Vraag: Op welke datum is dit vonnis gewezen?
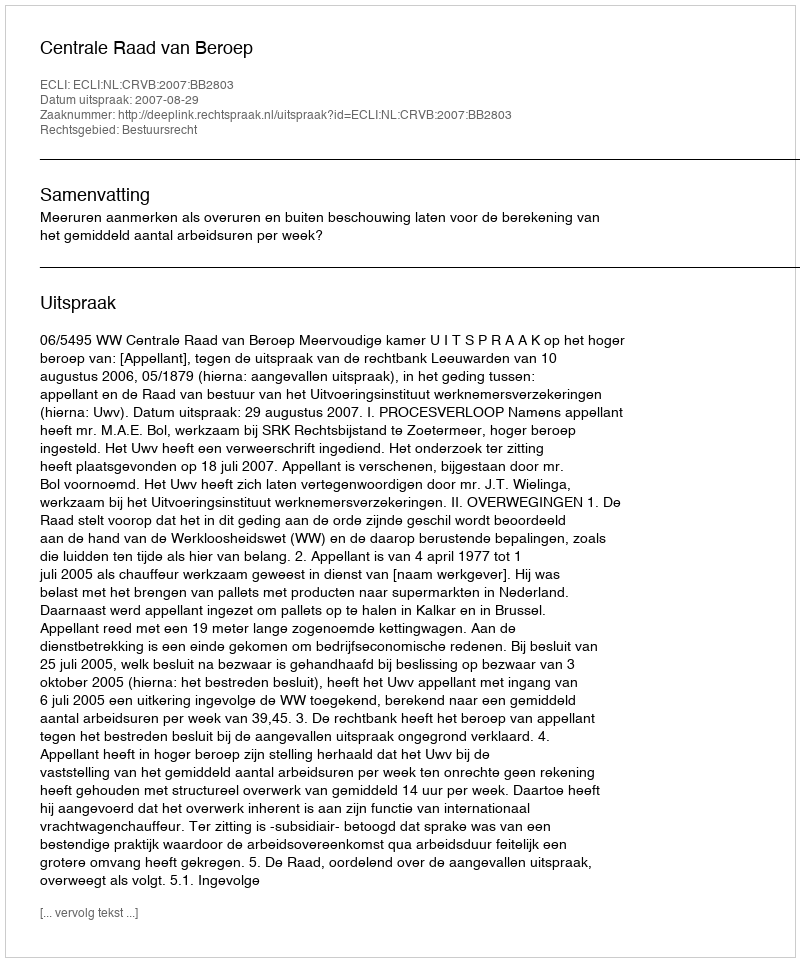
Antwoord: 2007-08-29